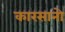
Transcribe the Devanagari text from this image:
कारसानो